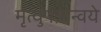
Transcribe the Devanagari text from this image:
मृत्युपत्रान्वये